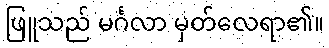
ဖြူသည် မင်္ဂလာ မှတ်လေရာ၏။